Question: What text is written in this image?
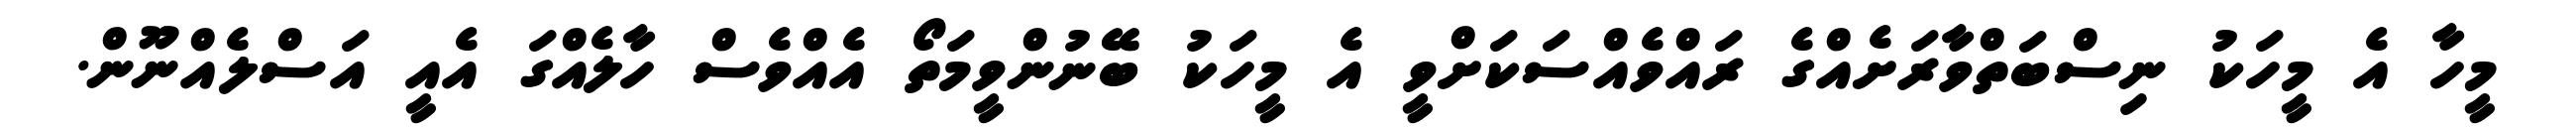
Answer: މީހާ އެ މީހަކު ނިސްބަތްވާރަށެއްގެ ރައްވެއްސަކަށްވީ އެ މީހަކު ބޭނުންވީމަތޯ އެއްވެސް ހާލެއްގަ އެއީ އަސްލެއްނޫން.